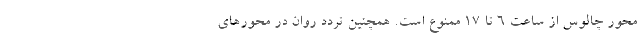
محور چالوس از ساعت ۶ تا ۱۷ ممنوع است. همچنین تردد روان در محورهای